Vaccine operations Central Provinces 1900-1911 - 1900-1911
Year: 1900
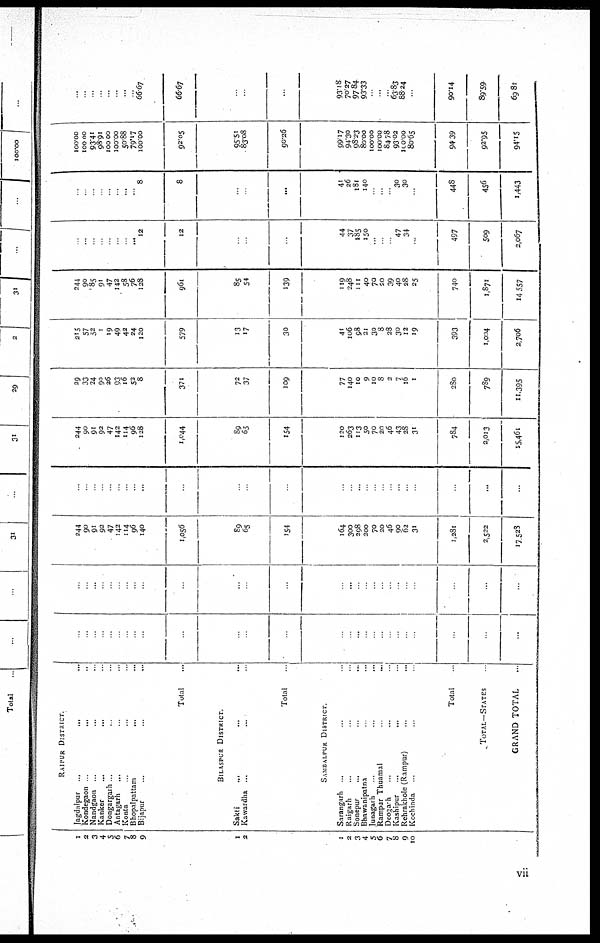
1
2
3
4
5
6
7
8
9
1
2
1
2
3
4
5
6
7
8
9
10
RAIPUR DISTRICT
Jagddpur
...
...
...
Kondegaon
...
...
...
Nandgaon ... ... ...
Kanker
...
...
...
Dongargarh ... ... ...
Antagarh
... ... ...
Konta ... ... ...
Bhopalpattam ... ... ...
Bijapur ... ... ...
Total ...
BILASPUR DISTRICT.
Sakti ... ... ...
Kawardha ... ... ...
Total ...
SAMBALPUR DISTRICT
Sarangarh ... ... ...
Raigarh ... ... ...
Sonepur
...
...
...
Bhawanipatna ... ... ...
Junagarh ... ... ...
Rampur Thuamal
...
...
...
Deogarh ... ... ...
Kashipur
...
...
...
Rehrakhole (Rampur) ...
Kochinda ... ... ...
Total ...
TOTAL—STATES
GRAND TOTAL ...
...
...
...
...
...
...
...
...
...
...
...
...
...
...
...
...
...
...
...
...
...
...
...
...
...
...
...
...
...
...
...
...
...
...
...
...
...
...
...
...
...
...
...
...
...
...
...
...
...
...
...
...
244
90
91
92
47
142
114
96
140
1,056
89
65
154
164
300
298
200
70
20
46
90
62
31
1,281
2,522
17,528
...
...
...
...
...
...
...
...
...
...
...
...
...
...
...
...
...
...
...
...
...
...
...
...
...
...
244
90
91
92
47
142
114
96
128
1,044
89
65
154
120
263
113
50
70
20
46
43
28
31
784
2,013
15,461
29
33
24
90
26
93
16
52
8
371
72
37
109
77
140
10
9
10
8
2
7
16
1
280
789
11,395
215
57
52
1
19
49
42
24
120
579
13
17
30
41
106
98
21
30
8
28
30
12
19
393
1,004
2,706
244
90
85
91
47
142
58 76
128
961
85
54
139
119
248
111
40
70
20
39
40
28
25
740
1,871
14,557
...
...
...
...
...
...
...
...
12
12
...
...
...
44
37
185
150
...
...
...
47
34
...
497
509
2,067
...
...
...
...
...
...
...
...
8
8
...
...
...
41 26
181
140
...
...
...
30
30
...
448
456
1,443
100.00
100.00
93.41
98.91
100.00
100.00
50.88
79.17
100.00
92.05
95.51
83.08
90.26
99.17
94.30
98.23
80.00
100.00
100.00
84.78
93.02
100.00
80.65
94.39
92.95
94.25
...
...
...
...
...
...
...
...
66.67
66.67
...
...
...
93.18
70.27
97.84
93.33
...
...
...
63.83
88.24
...
90.14
89.59
69.81
vii